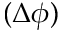
( \Delta \phi )